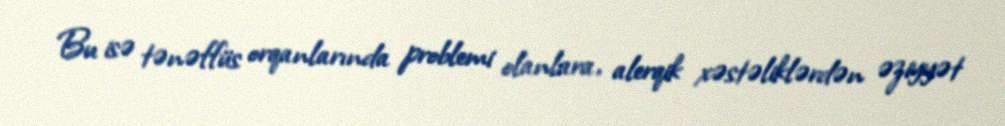
Bu isə tənəffüs orqanlarında problemi olanlara, alerqik xəstəliklərdən əziyyət